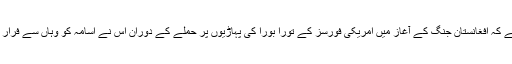
ابراہیم نے یہ بھی تسلیم کیا ہے کہ افغانستان جنگ کے آغاز میں امریکی فورسز کے تورا بورا کی پہاڑیوں پر حملے کے دوران اُس نے اُسامہ کو وہاں سے فرار ہونے میں مدد بھی فراہم کی۔